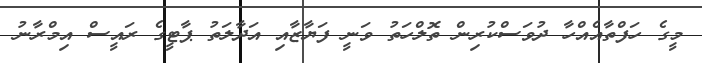
މީގެ ހަފްތާއެއްހާ ދުވަސްކުރިން ތޮލްހަތު ވަނީ ފަޔާޒާއި އަދާލަތު ޕާޓީގެ ރައީސް އިމްރާނު